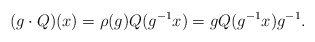
\begin{align*}(g \cdot Q)(x)=\rho(g) Q(g^{-1}x)= g Q(g^{-1}x) g^{-1}.\end{align*}